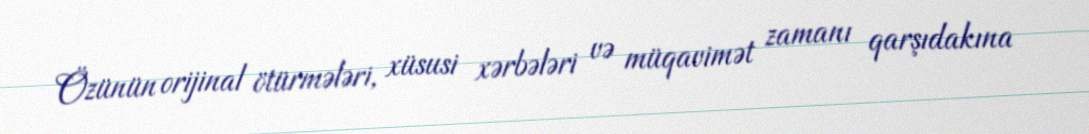
Özünün orijinal ötürmələri, xüsusi xərbələri və müqavimət zamanı qarşıdakına